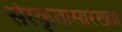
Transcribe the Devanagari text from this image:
संस्कृतासारख्या